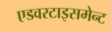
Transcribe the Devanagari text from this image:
एडवरटाइसमेन्ट